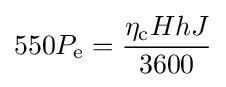
550P_{\mathrm {e} }={\frac {\eta _{\mathrm {c} }HhJ}{3600}}